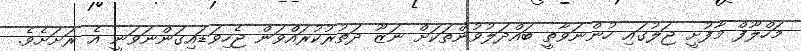
މަހްލޫފް މާފުށީ ޖަލުގައި ހުންނަވާތީ ބައްދަލުވުންތަކަށް ނަޒޫ ދަތުރުކުރައްވަން ޖެހިވަޑައިގަންނަވަނީ އެ ރަށަށެވެ.